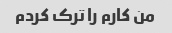
من کارم را ترک کردم